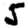
Digit: 5